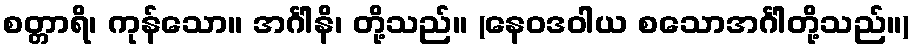
စတ္တာရိ၊ ကုန်သော။ အင်္ဂါနိ၊ တို့သည်။ (နေဝဒဝါယ စသောအင်္ဂါတို့သည်။)